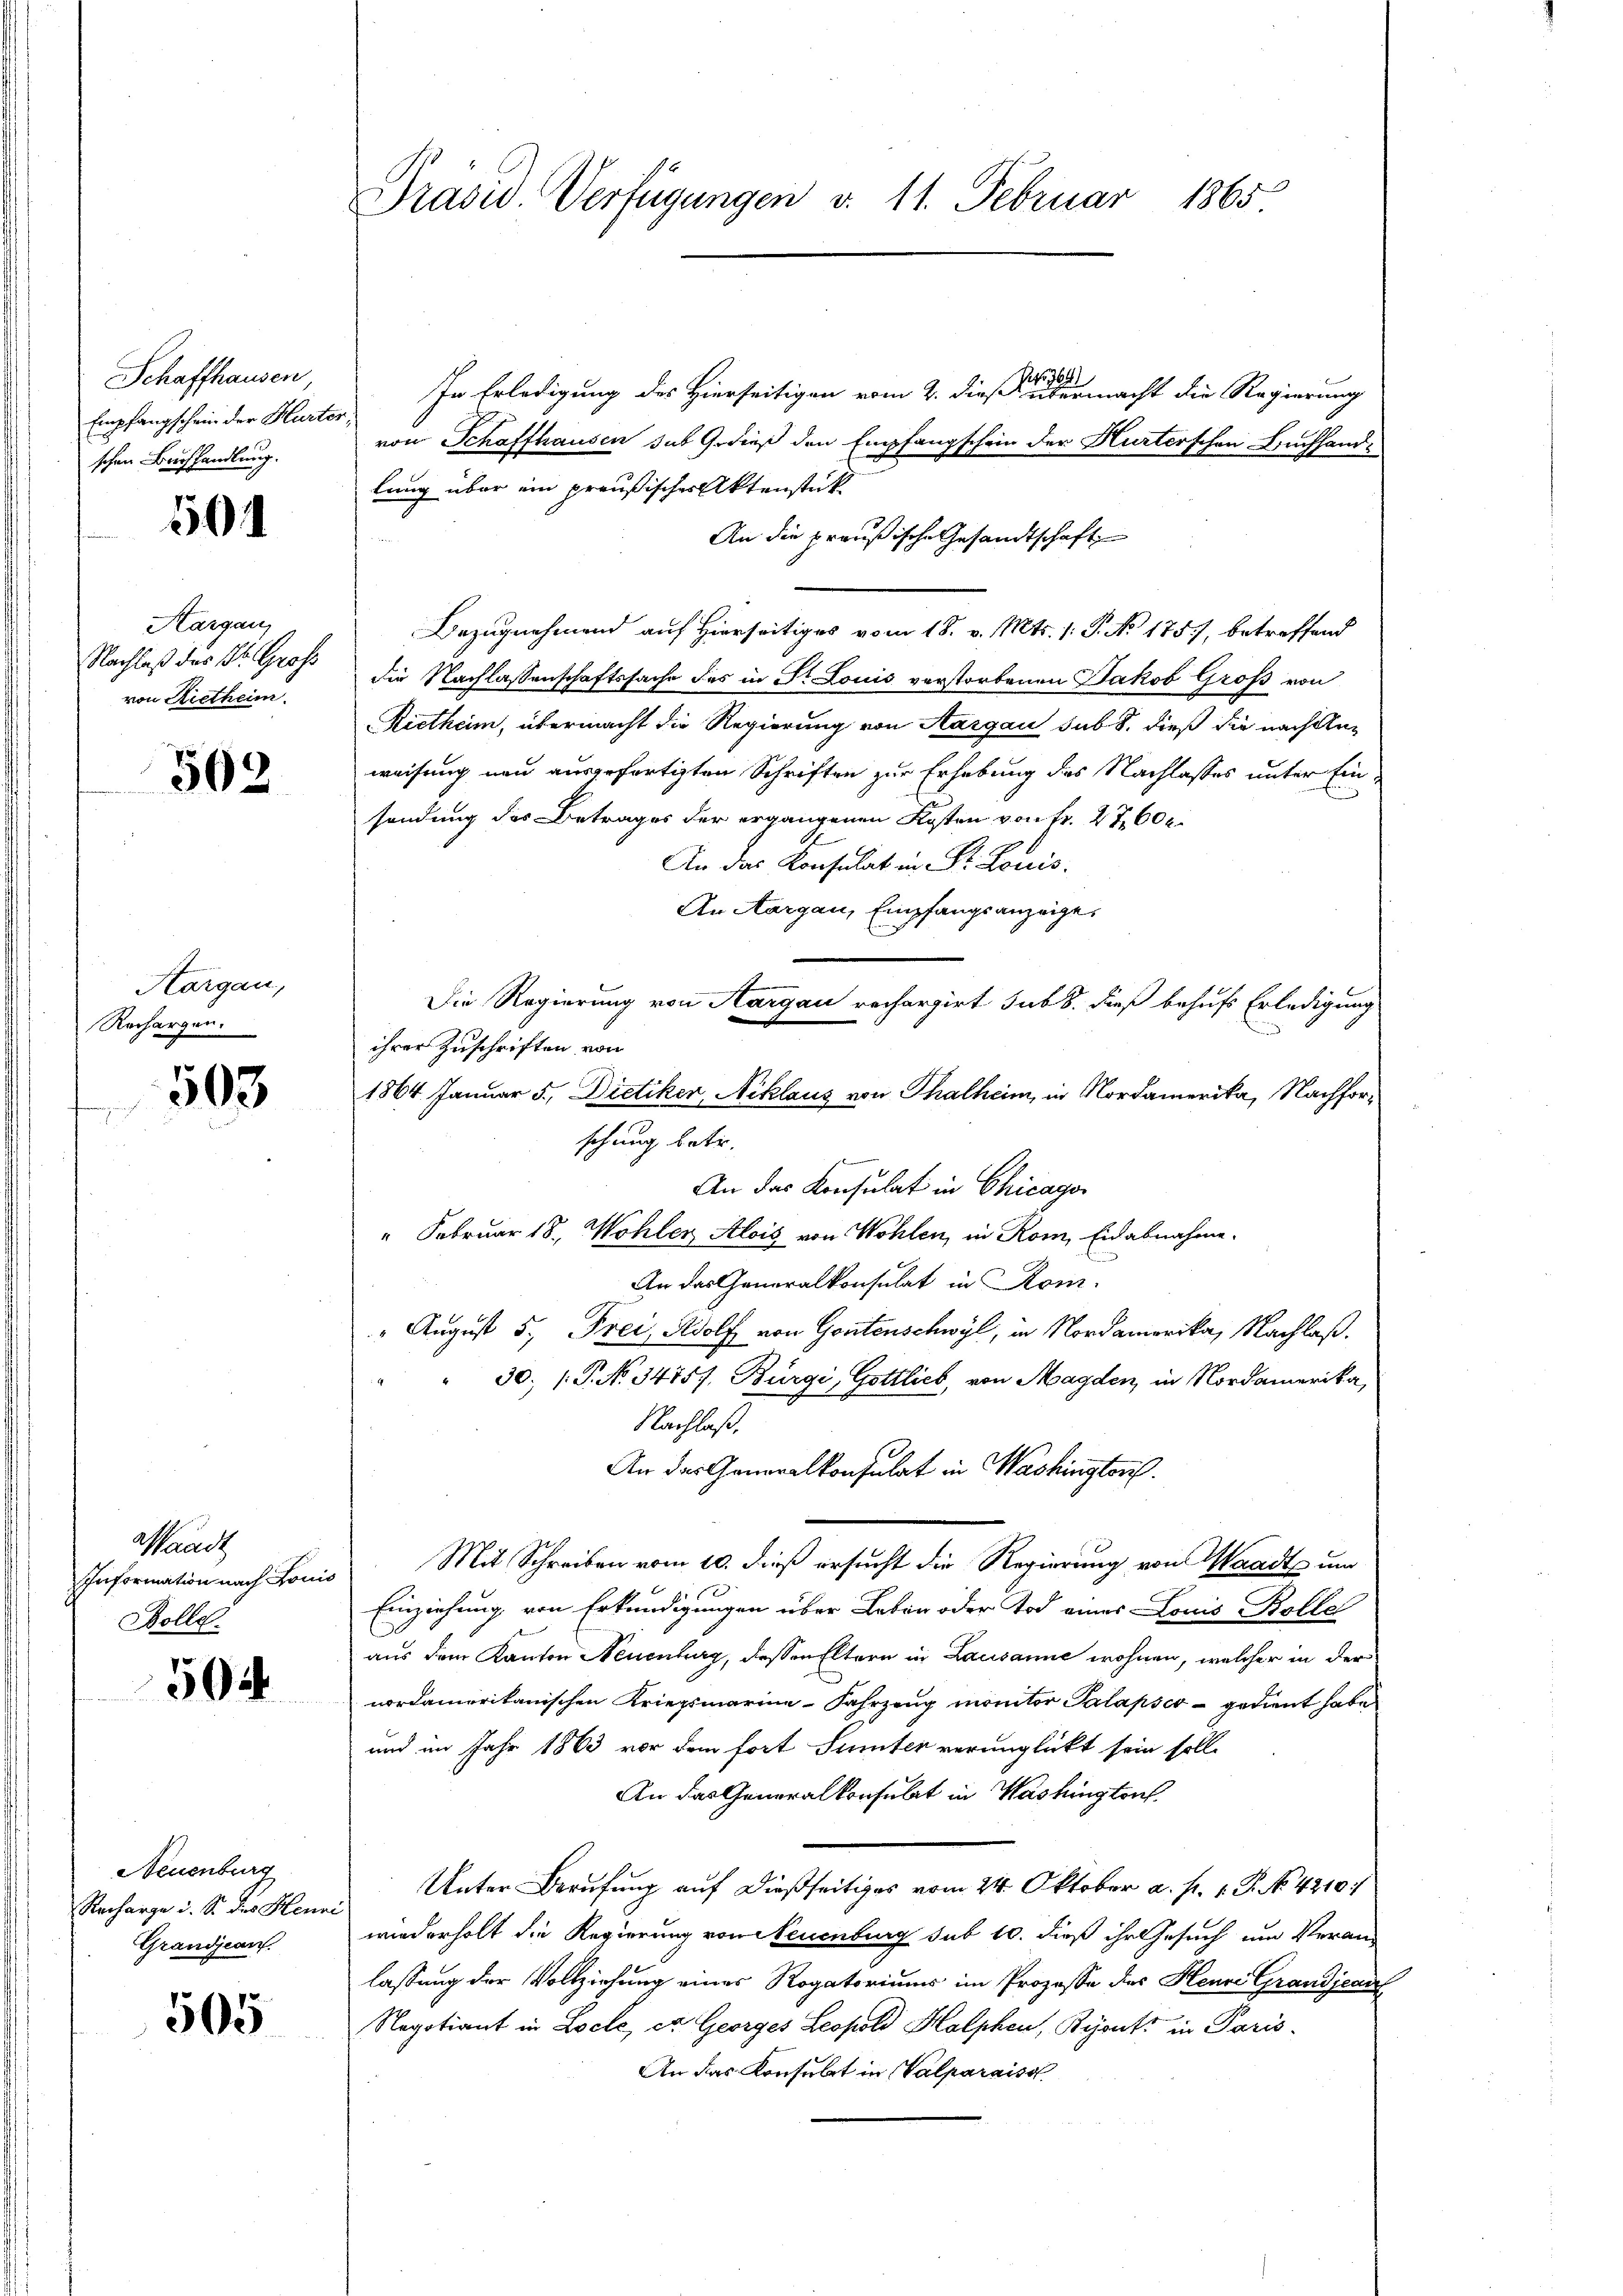
Schaffhausen
Empfangschein der Hurter;
schen Buchhandlung.

501

Kargau
Nachlaß des Dr. Groß
von Rietheim.

502

Aargau,
Rechargen.

503

Waadt
Information nach Louis
Bolle.

504

Neuenburg
Recharge u. S. des Henri
Grandjean

505

No 76.
In Erledigung des Hierseitigen vom 2. dieß übermacht die Regierung
von Schaffhausen sub Gedieß den Empfangschein der Hurterschen Buchhand-
lung über ein preußischer Aktenstück
An die preußische Gesandtschaft
Bezugnehmend auf Hierseitiges vom 18. v. Mts. 1. P. No. 175), betreffend
die Nachlassenschaftssache des in St. Louis verstorbenen Jakob Groß von
Rietheim, übermacht die Regierung von Aargau sub. 8. dieß die nach Anweisung neu ausgefertigten Schriften zur Erhebung des Nachlasses unter Ein
sendung des Betrages der ergangenen Kosten von Fr. 27,600
An das Konsulat in Dr. Louis.
An Aargau, Empfangsanzeige,
Die Regierung von Aargau rechargirt sub 8. dieß behufs Erledigung
ihrer Zuschriften, von
schung betr.
An das Konsulat in Chicago
" Februar 18., Wohler Alois von Wohlen, in Rom, Eidabnahme.
An das Generalkonsulat in Rom.
" August 5, Frei, Adolf von Gontenschwyl, in Nordamerika, Nachlaß.
" 30; P. No 34757, Bürgi, Gottlich, von Magden, in Nordamerika,
Nachlaß,
An das Generalkonsulat in Washingtoris.
Mit Schreiben vom 10. dieß ersucht die Regierung von Waadt und
Einziehung von Erkundigungen über Leben oder Tod eines Louis Bolle
aus dem Kanton Neuenburg, dessen Eltern in Lausanne wohnen, welcher in der
nordamerikanischen Kriegsmarina-Fahrzeug monitor Palapser gedient habe
und im Jahr 1863 vor dem fort Sunter verunglückt sein soll.
An das Generalkonsulat in Washingtonf.
Unter Berufung auf dießseitiges vom 24. Oktober a. p. 1. P. No. 4210/
wiederholt die Regierung von Neuenburg sub 10. dieß ihr Gesuch um Veran-
lassung der Vollziehung eines Rogatoriums im Prozesse des Heure Grandjean
Negotiant in Locle, et Georges Leopold Halphen, Bijonts in Paris¬
An das Konsulat in Valparaiss

Präsid. Verfügungen v. 11. Februar 1865

1864 Januar 5. Dietiker, Niklaus von Thalheim, in Nordamerika, Nachfor¬